Civil Veterinary Department Bihar & Orissa reports 1929-36 - 1929-1936
Year: 1929
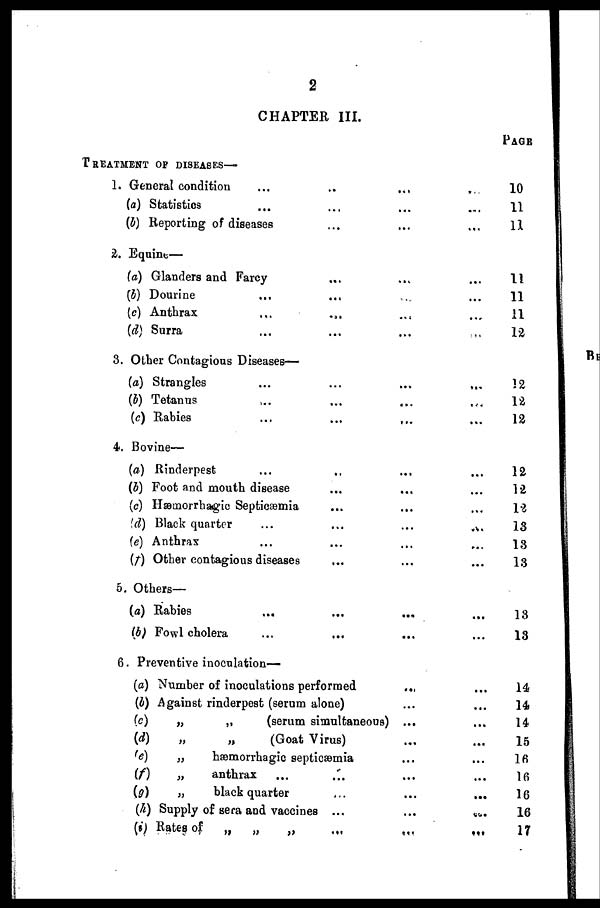
2
CHAPTER III.
PAGE
TREATMENT OP DISEASES—
1. General condition ... ... ... ...
(a) Statisties ... ... ... ...
(b) Reporting of diseases ... ... ... ...
2. Equine—
(a) Glanders and Farcy ... ... ...
(b) Dourine ... ... ... ...
(c) Anthrax ... ... ... ...
(d) Surra ... ... ... ...
3. Other Contagions Diseases—
(a) Strangles ... ... ... ...
(b) Tetanus ... ... ... ...
(c) Rabies ... ... ... ...
4. Bovine—
(a) Rinderpest ... ... ... ...
(b) Foot and mouth disease ... ... ...
(c) Hæmorrhagic Septicæmia ... ...
(d) Black quarter ... ... ... ...
(e) Anthrax ... ... ... ...
(f) Other contagious diseases ... ...
5. Others—
(a) Rabies ... ... ... ...
(b) Fowl cholera ... ... ... ...
6. Preventive inoculation—
(a) Number of inoculations performed ... ...
(b) Against rinderpest (serum alone) ... ...
(c)
„
„
(serum simultaneous) ... ...
(d)
„
„
(Goat Virus) ... ...
(e)
„
hæmorrhagic septicæmia ... ...
(f)
„
anthrax ... ... ... ...
(g)
„
black quarter ... ... ...
(h) Supply of sera and vaccines ... ... ...
(i) Rates of
„
„
„ ... ... ...
10
11
11
11
11
11
12
12
12
12
12
12
12
13
13
13
13
13
14
14
14
15
16
16
16
16
17